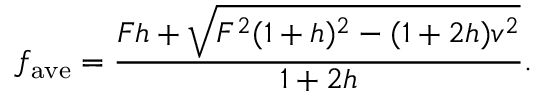
f _ { \mathrm { a v e } } = \frac { F h + \sqrt { F ^ { 2 } ( 1 + h ) ^ { 2 } - ( 1 + 2 h ) v ^ { 2 } } } { 1 + 2 h } .